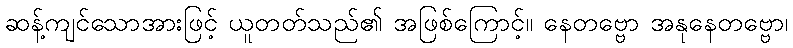
ဆန့်ကျင်သောအားဖြင့် ယူတတ်သည်၏ အဖြစ်ကြောင့်။ နေတဗ္ဗော အနုနေတဗ္ဗော၊